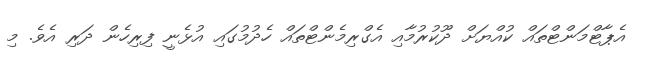
އެޕާޓްމަންޓްތައް ކުއްޔަށް ދޫކުރުމާއި އެގްރިމެންޓްތައް ހެދުމުގައި އުޅެނީ ފިރިހެން ދަރި އެވެ. މި